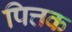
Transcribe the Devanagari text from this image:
पित्तक